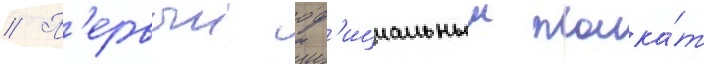
// П'ервыи оф'ициальныи плака́т